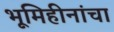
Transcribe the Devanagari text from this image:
भूमिहीनांचा